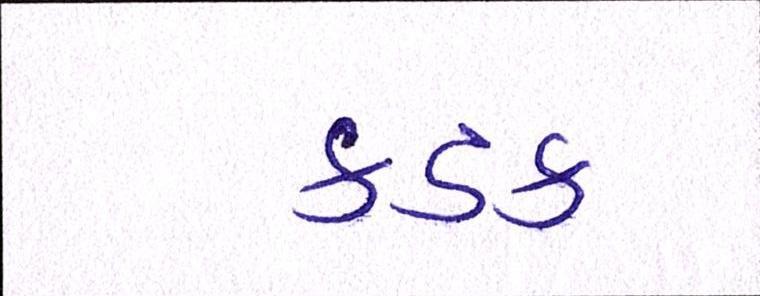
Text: કડક